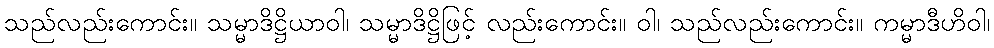
သည်လည်းကောင်း။ သမ္မာဒိဋ္ဌိယာဝါ၊ သမ္မာဒိဋ္ဌိဖြင့် လည်းကောင်း။ ဝါ၊ သည်လည်းကောင်း။ ကမ္မာဒီဟိဝါ၊